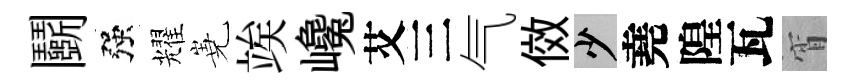
鬬强耀嶤竢巉艾三气傚少堯隍瓦宵